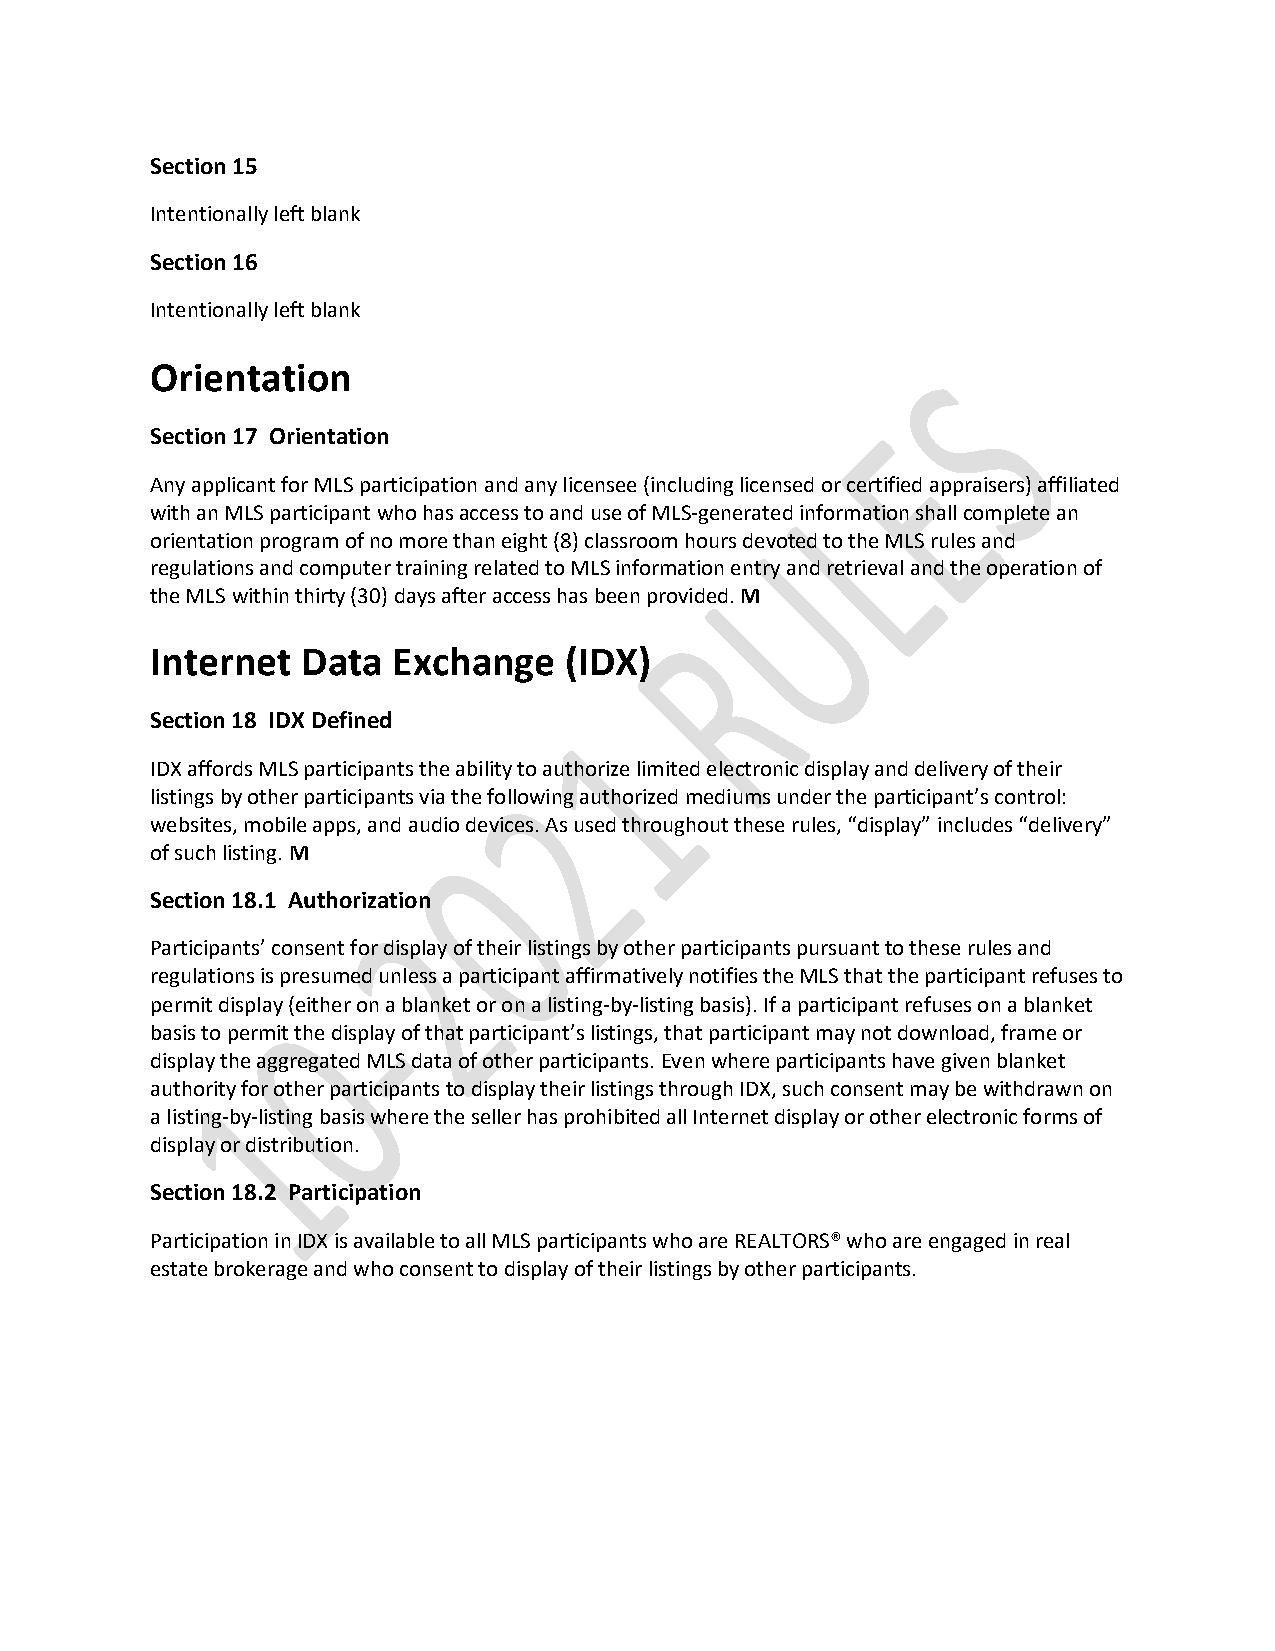
Section 15
 Intentionally left blank
 Section 16
 Intentionally left blank
 Orientation
 Section 17 Orientation
 Any applicant for MLS participation and any licensee (including licensed or certified appraisers) affiliated
 with an MLS participant who has access to and use of MLS-generated information shall complete an
 orientation program of no more than eight (8) classroom hours devoted to the MLS rules and
 regulations and computer training related to MLS information entry and retrieval and the operation of
 the MLS within thirty (30) days after access has been provided. M
 Internet  Data  Exchange   (IDX)
 Section 18 IDX Defined
 IDX affords MLS participants the ability to authorize limited electronic display and delivery of their
 listings by other participants via the following authorized mediums under the participant’s control:
 websites, mobile apps, and audio devices. As used throughout these rules, “display” includes “delivery”
 of such listing. M
 Section 18.1 Authorization
 Participants’ consent for display of their listings by other participants pursuant to these rules and
 regulations is presumed unless a participant affirmatively notifies the MLS that the participant refuses to
 permit display (either on a blanket or on a listing-by-listing basis). If a participant refuses on a blanket
 basis to permit the display of that participant’s listings, that participant may not download, frame or
 display the aggregated MLS data of other participants. Even where participants have given blanket
 authority for other participants to display their listings through IDX, such consent may be withdrawn on
 a listing-by-listing basis where the seller has prohibited all Internet display or other electronic forms of
 display or distribution.
 Section 18.2 Participation
 Participation in IDX is available to all MLS participants who are REALTORS® who are engaged in real
 estate brokerage and who consent to display of their listings by other participants.